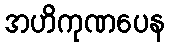
အဟိကုဏပေန